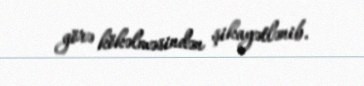
görə kökəlməsindən şikayətlənib.